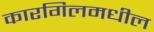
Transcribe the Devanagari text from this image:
कारगिलमधील